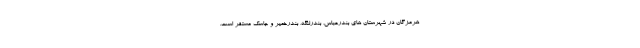
هرمزگان در شهرستان های بندرعباس، بندرلنگه، بندرخمیر و جاسک مستقر است.